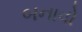
બનાવો